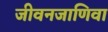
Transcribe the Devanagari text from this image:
जीवनजाणिवा